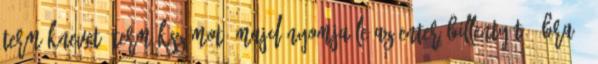
terméknevet termékszámot, majd nyomja le az Enter billentyűt. Ábra :